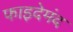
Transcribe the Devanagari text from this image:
फाइदेमंद